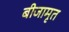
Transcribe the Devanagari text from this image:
बीजामृत